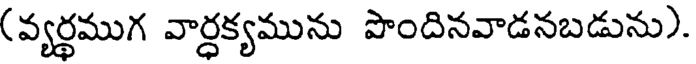
(వ్యర్థముగ వార్ధక్యమును పొందినవాడనబడును).